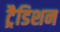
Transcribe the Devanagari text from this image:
ट्रैडिशन